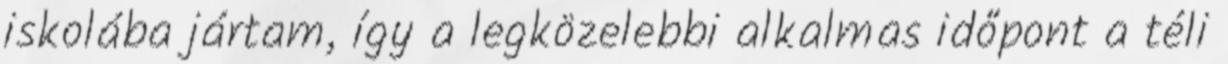
iskolába jártam, így a legközelebbi alkalmas időpont a téli